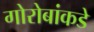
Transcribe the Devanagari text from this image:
गोरोबांकडे